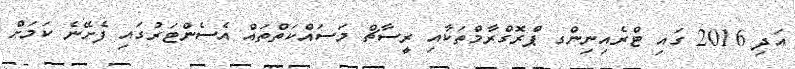
އަދި 2016 ގައި ޓްރެއިނިންގ ޕްރޮގްރާމްތަކާއި ރީސާޗް މަސައްކަތްތައް އެސެންޓަރުގައި ފެށޭނެ ކަމަށް